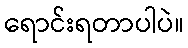
ရောင်းရတာပါပဲ။